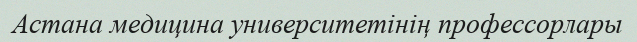
Астана медицина университетінің профессорлары